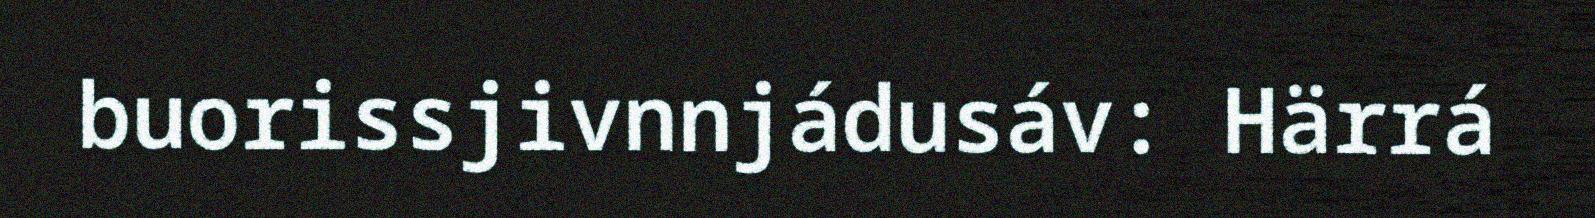
buorissjivnnjádusáv: Härrá